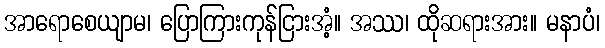
အာရောစေယျာမ၊ ပြောကြားကုန်ငြားအံ့။ အဿ၊ ထိုဆရားအား။ မနာပံ၊